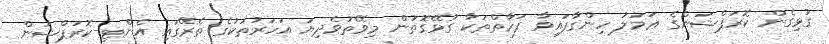
ގުޅިގެން ކޮރަޕްޝަންގެ ޢަމަލު ހިންގާފައިވާ ފަރާތްތަކާ ގުޅޭގޮތުން މިވޭތުވެދިޔަ އަހަރުތަކުގެ ތެރޭގައި އެންޓި-ކޮރަޕްޝަން